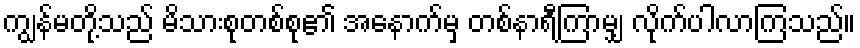
ကျွန်မတို့သည် မိသားစုတစ်စု၏ အနောက်မှ တစ်နာရီကြာမျှ လိုက်ပါလာကြသည်။